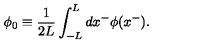
\phi _ { 0 } \equiv \frac { 1 } { 2 L } \int _ { - L } ^ { L } d x ^ { - } \phi ( x ^ { - } ) .